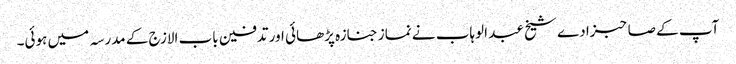
آپ کے صاحبزادے شیخ عبد الوہاب نے نماز جنازہ پڑھائی اور تدفین باب الازج کے مدرسہ میں ہوئی۔